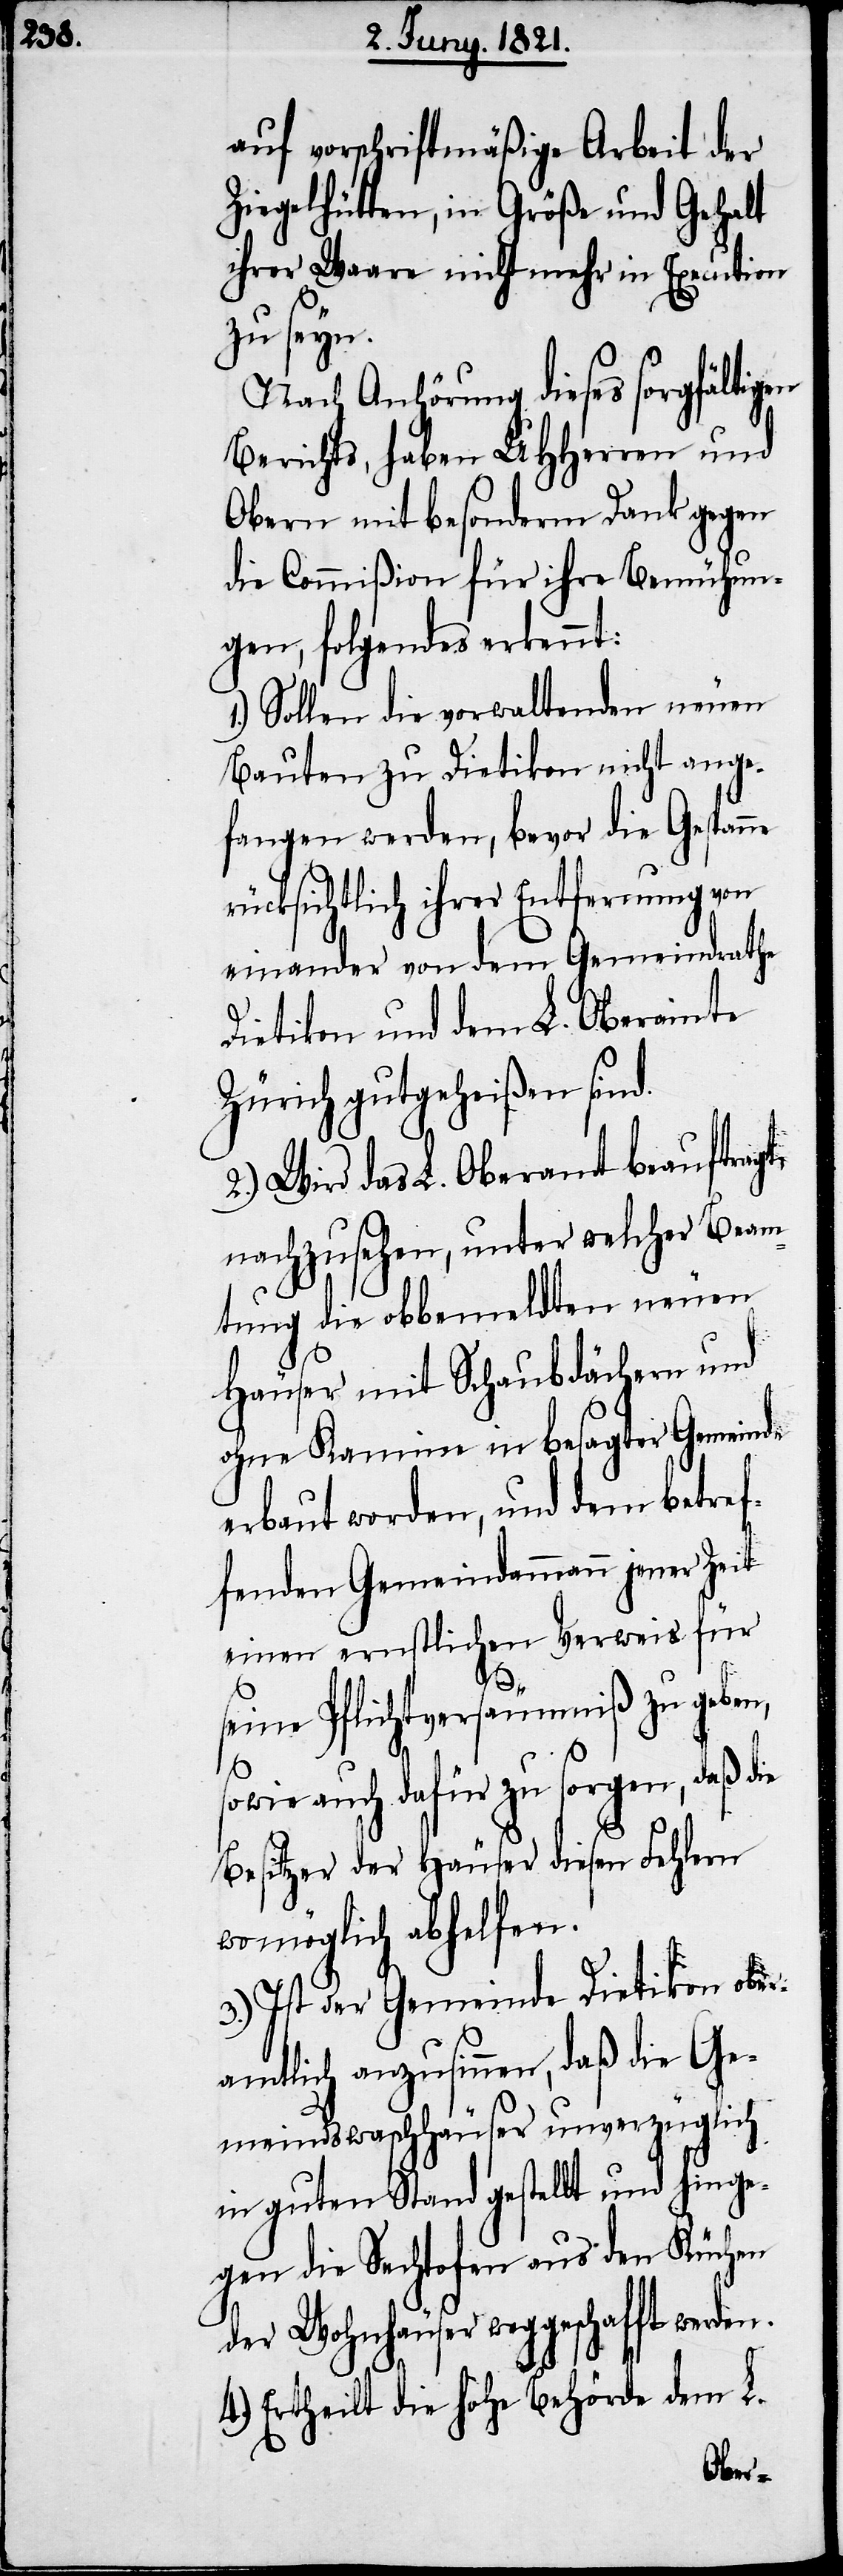
auf vorschriftsmäßige Arbeit der
Ziegelhütten, in Größe und Gehalt
ihrer Waare nicht mehr in Execution
zu seyn.
Nach Anhörung dieses sorgfältigen
Berichts, haben UHHerren und
Obern mit besonderm Dank gegen
die Commißion für ihre Bemühun¬
gen, folgendes erkennt:
1.) Sollen die vorwaltenden neuen
Bauten zu Dietikon nicht ange¬
fangen werden, bevor die Gespanne
ücksichtlich ihrer Entfernung von
einander von dem Gemeindrathe
Dietikon und dem L. Oberamte
Zürich gutgeheißen sind.
2.) Wird das L. Oberamt beauftragt,
nachzusuchen, unter welcher Beam¬
tung die obbemeldten neuen
Häuser mit Schaubdächern und
ohne Kamine in besagter Gemeinde
erbaut worden, und dem betref¬
fenden Gemeindammann jener Zeit
einen ernstlichen Verweis für
den.
seine Pflichtversäumniß zu geben,
sowie auch dafür zu sorgen, daß die
Besitzer der Häuser diesen Fehlern
womöglich abhelfen.
3.) Ist der Gemeinde Dietikon ober¬
amtlich anzusinnen, daß die Ge¬
meindswaschhäuser unverzüglich
in guten Stand gestellt und hinge¬
gen die Sechtofen aus den Küchen
der Wohnhäuser weggeschafft wer¬
4.) Ertheilt die hohe Behörde dem L.